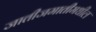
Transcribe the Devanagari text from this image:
जातीजमातीमधील